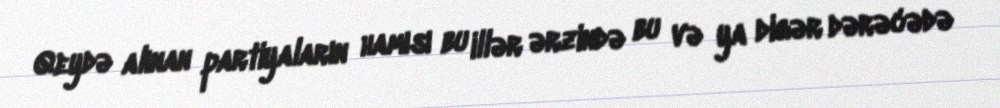
Qeydə alınan partiyaların hamısı bu illər ərzində bu və ya digər dərəcədə